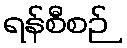
ရန်စီစဉ်